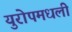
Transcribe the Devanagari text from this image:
युरोपमधली